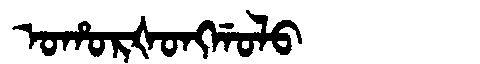
Manchu: ᠣᡥᠣᡵᡧᠣᠩᡤᠣᠯᠣ
Romanization: OHORŠONGGOLO